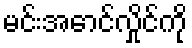
မင်းအောင်လှိုင်ကို